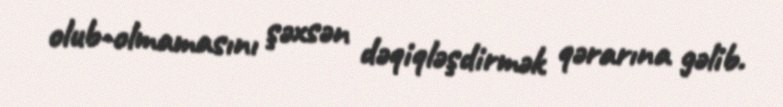
olub-olmamasını şəxsən dəqiqləşdirmək qərarına gəlib.